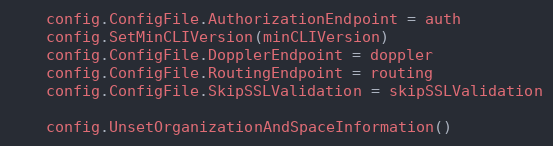
Language: Go
	config.ConfigFile.AuthorizationEndpoint = auth
	config.SetMinCLIVersion(minCLIVersion)
	config.ConfigFile.DopplerEndpoint = doppler
	config.ConfigFile.RoutingEndpoint = routing
	config.ConfigFile.SkipSSLValidation = skipSSLValidation

	config.UnsetOrganizationAndSpaceInformation()